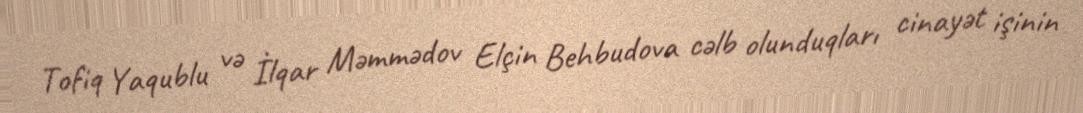
Tofiq Yaqublu və İlqar Məmmədov Elçin Behbudova cəlb olunduqları cinayət işinin